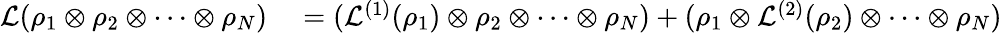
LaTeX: \begin{array}{rl}{\mathcal{L}(\rho_{1}\otimes\rho_{2}\otimes\cdots\otimes\rho_{N})}&{{}=(\mathcal{L}^{(1)}(\rho_{1})\otimes\rho_{2}\otimes\cdots\otimes\rho_{N})+(\rho_{1}\otimes\mathcal{L}^{(2)}(\rho_{2})\otimes\cdots\otimes\rho_{N})}\end{array}